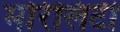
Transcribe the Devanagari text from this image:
मोरेलिटी